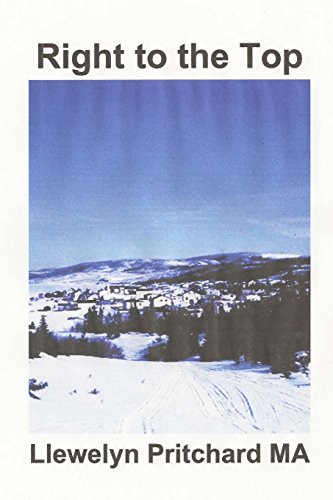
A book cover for Right to the Top: "Wrigglesworth corrupte groep voorzichtig te werk gaan" (Port Hope Simpson Mysteries) (Volume 7) (Dutch Edition); Llewelyn Pritchard MA; Teen & Young Adult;